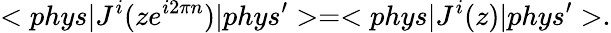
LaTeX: <phys|J^{i}(ze^{i2\pi n})|phys^{\prime}>=<phys|J^{i}(z)|phys^{\prime}>.